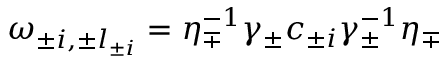
\omega _ { \pm i , \pm l _ { \pm i } } = \eta _ { \mp } ^ { - 1 } \gamma _ { \pm } c _ { \pm i } \gamma _ { \pm } ^ { - 1 } \eta _ { \mp }